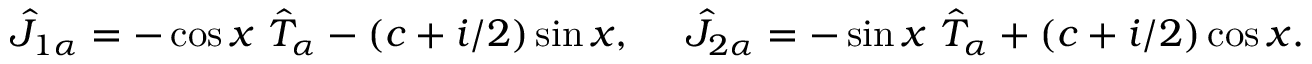
\hat { J } _ { 1 \alpha } = - \cos x ~ \hat { T } _ { \alpha } - ( c + i / 2 ) \sin x , ~ ~ ~ ~ \hat { J } _ { 2 \alpha } = - \sin x ~ \hat { T } _ { \alpha } + ( c + i / 2 ) \cos x .